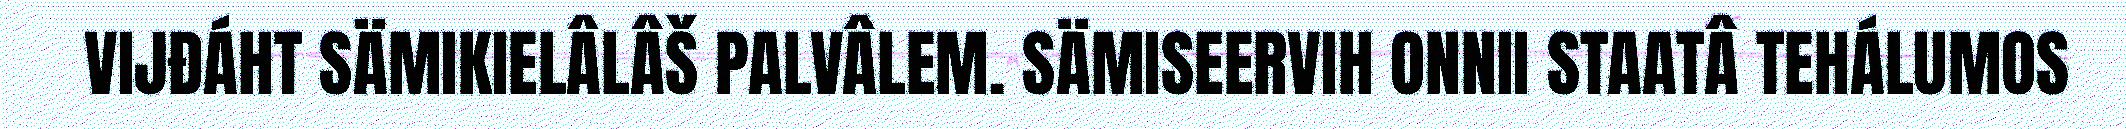
VIJĐÁHT SÄMIKIELÂLÂŠ PALVÂLEM. SÄMISEERVIH ONNII STAATÂ TEHÁLUMOS